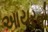
આયરનો